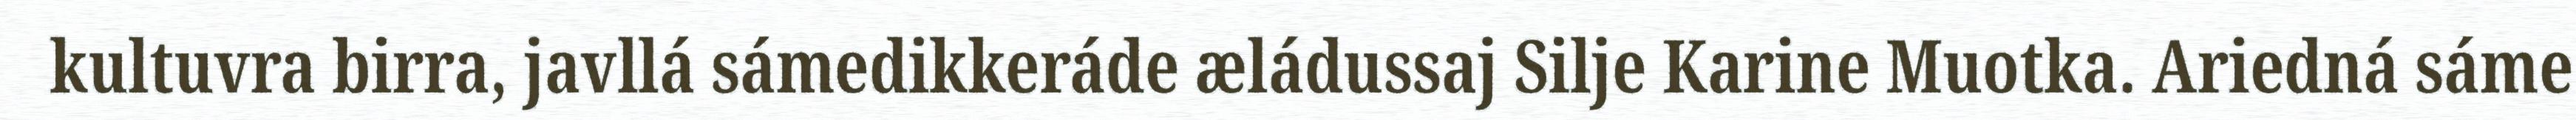
kultuvra birra, javllá sámedikkeráde æládussaj Silje Karine Muotka. Ariedná sáme